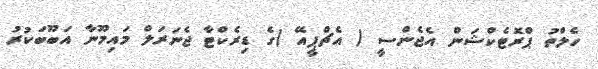
ހެލްތު ޕްރޮޓެކްޝަން އެޖެންސީ ( އެޗްޕީއޭ )ގެ ޑިރެކްޓާ ޖެނަރަލް މައިމޫނާ އަބޫބަކުރު